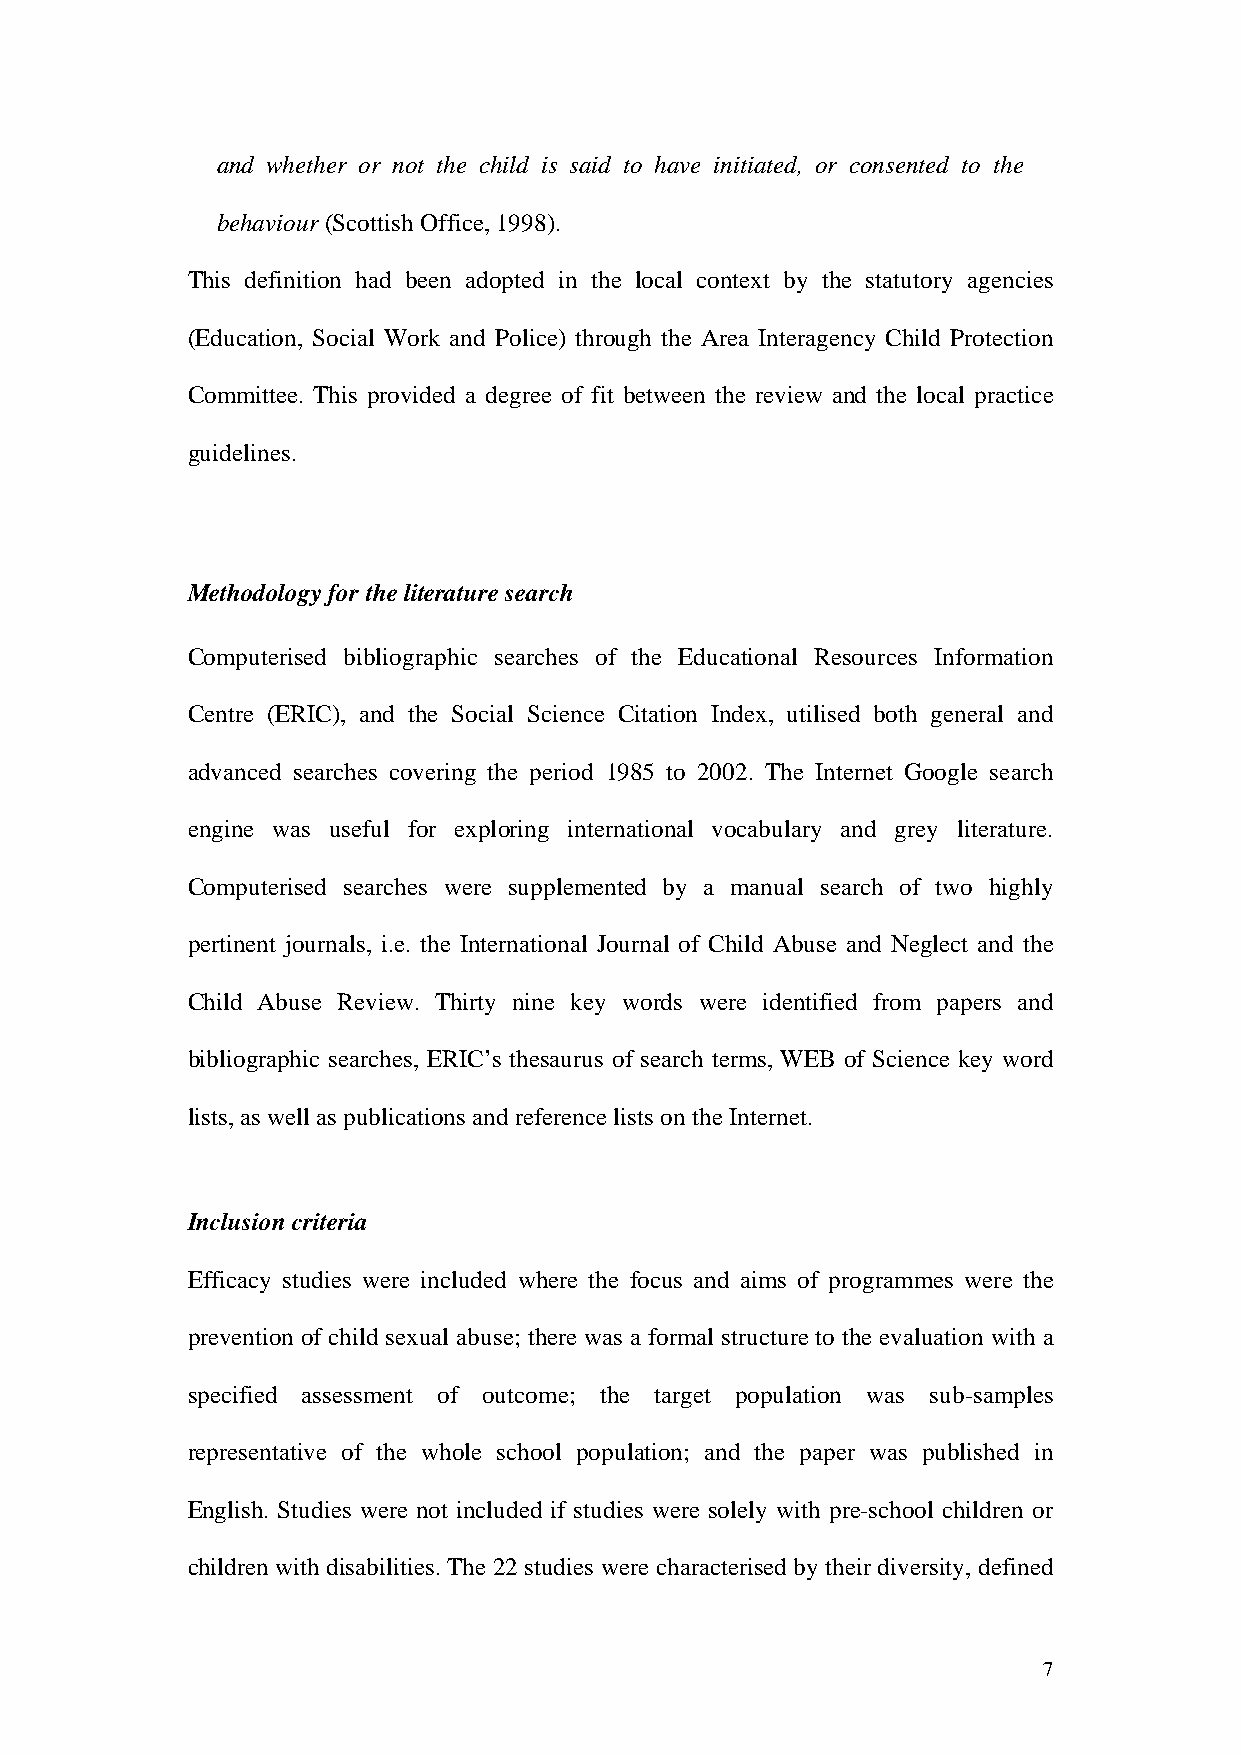
and whether or not the child is said to have initiated, or consented to the
 behaviour (Scottish Office, 1998).
 This definition had been adopted in the local context by the statutory agencies
 (Education, Social Work and Police) through the Area Interagency Child Protection
 Committee. This provided a degree of fit between the review and the local practice
 guidelines.
 Methodology for the literature search
 Computerised bibliographic searches of the Educational Resources Information
 Centre (ERIC), and the Social Science Citation Index, utilised both general and
 advanced searches covering the period 1985 to 2002. The Internet Google search
 engine was useful for exploring international vocabulary and grey literature.
 Computerised searches were supplemented by a manual search of two highly
 pertinent journals, i.e. the International Journal of Child Abuse and Neglect and the
 Child Abuse Review. Thirty nine key words were identified from papers and
 bibliographic searches, ERIC’s thesaurus of search terms, WEB of Science key word
 lists, as well as publications and reference lists on the Internet.
 Inclusion criteria
 Efficacy studies were included where the focus and aims of programmes were the
 prevention of child sexual abuse; there was a formal structure to the evaluation with a
 specified assessment of outcome; the target population was sub-samples
 representative of the whole school population; and the paper was published in
 English. Studies were not included if studies were solely with pre-school children or
 children with disabilities. The 22 studies were characterised by their diversity, defined
 7